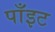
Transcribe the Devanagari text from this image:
पाँइट